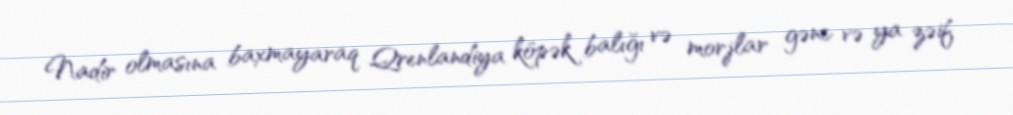
Nadir olmasına baxmayaraq Qrenlandiya köpək balığı və morjlar gənc və ya zəif